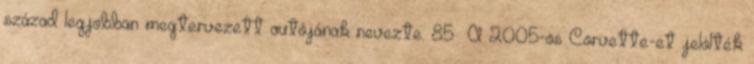
század legjobban megtervezett autójának nevezte. 85 A 2005-ös Corvette-et jelölték